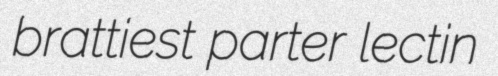
brattiest parter lectin